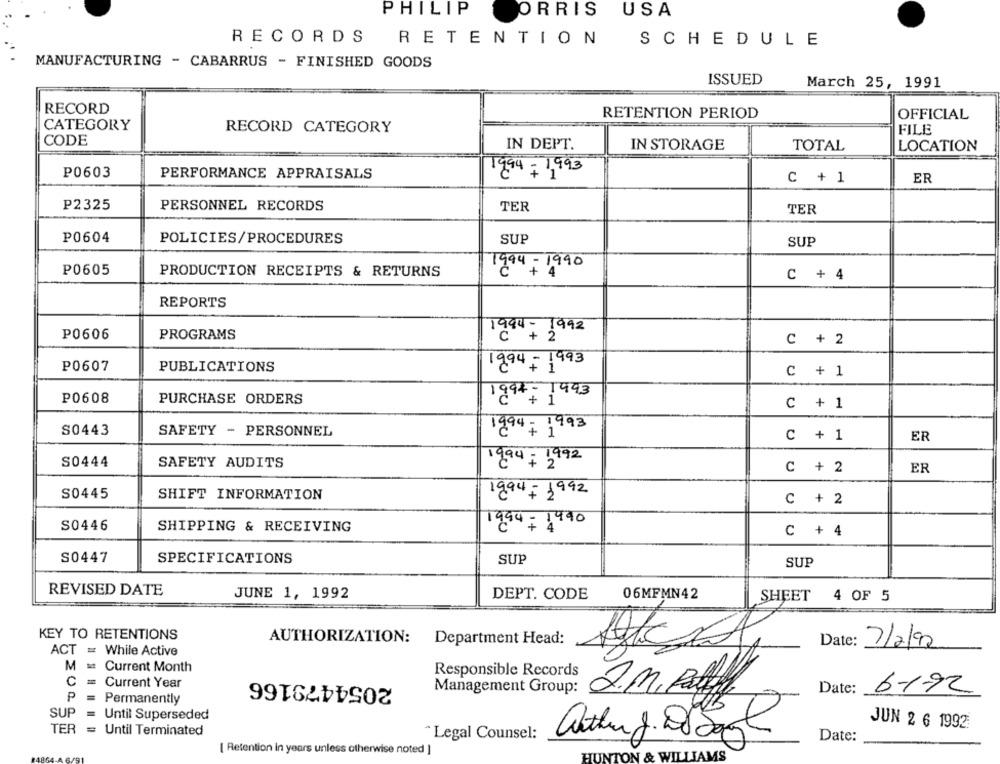
PHILIP
ORRIS
USA
RECORDS
RETENTION
SCHEDULE
MANUFACTURING - CABARRUS - FINISHED GOODS
ISSUED
March 25, 1991
RECORD
RETENTION PERIOD
OFFICIAL
CATEGORY
RECORD CATEGORY
FILE
CODE
IN DEPT.
IN STORAGE
TOTAL
LOCATION
P0603
PERFORMANCE APPRAISALS
1994; 1993
C + 1
ER
P2325
PERSONNEL RECORDS
TER
TER
P0604
POLICIES/PROCEDURES
SUP
SUP
1994 -1990
P0605
PRODUCTION RECEIPTS & RETURNS
C + 4
REPORTS
P0606
PROGRAMS
1994-1992
C + 2
1994 - 1993
P0607
PUBLICATIONS
C + 1
1994- 1993
P0608
PURCHASE ORDERS
C + 1
194- 1993
S0443
SAFETY - PERSONNEL
ER
C + 1
S0444
SAFETY AUDITS
1994= 1992
C + 2
ER
S0445
SHIFT INFORMATION
1994 - 1992
C + 2
S0446
SHIPPING & RECEIVING
1994=1990
C + 4
S0447
SPECIFICATIONS
SUP
SUP
REVISED DATE
JUNE 1, 1992
DEPT. CODE
06MFMN42
SHEET 4 OF 5
KEY TO RETENTIONS
AUTHORIZATION: Department Head:
Date:
7/2/92
ACT = While Active
M
Current Month
Responsible Records
2054479166
C
Current Year
₽
Management Group:
2.M. Pattill
Date:
6.192
Permanently
SUP
= Until Superseded
JUN 2 6 1992
TER
= Until Terminated
" Legal Counsel:
Date:
[ Retention in years unless otherwise noted ]
TON & WILLIAMS